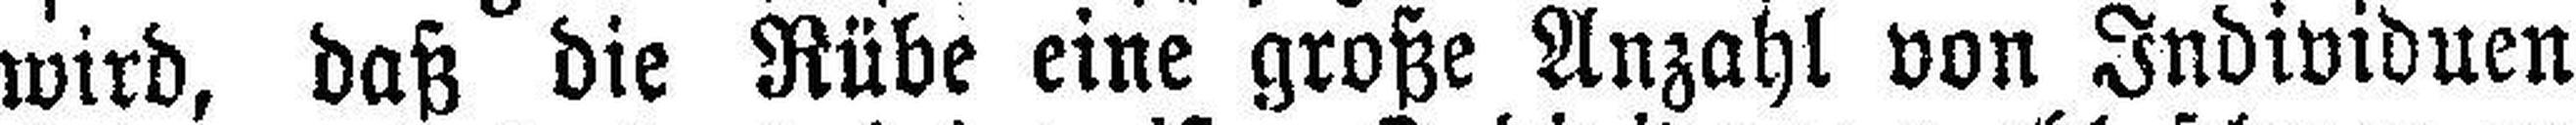
wird, daß die Rübe eine große Anzahl von Individuen